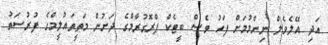
އަދި އޭލެވެލް ނިންމުމަށް ފަހު ވެސް ބީޓެކް ޕްރޮގުރާމްގެ ދަށުން މަތީތައުލީމްގެ ފުރުސަތު